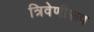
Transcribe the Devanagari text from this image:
त्रिवेणीरूप